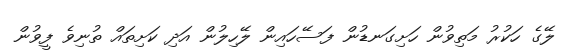
ލޭގެ ހަކުރު މަތިވުން ހަށިގަނޑުން ފަސޭހައިން ލޭހިލުން އަދި ކަށިތައް ތުނިވެ ފީވުން